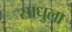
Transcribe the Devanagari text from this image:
साधुला